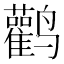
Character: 鹳